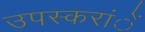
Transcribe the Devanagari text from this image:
उपस्करांें